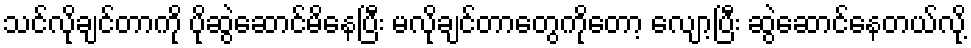
သင်လိုချင်တာကို ပိုဆွဲဆောင်မိနေပြီး မလိုချင်တာတွေကိုတော့ လျော့ပြီး ဆွဲဆောင်နေတယ်လို့